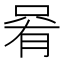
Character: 𫪩